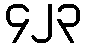
၄၂၃